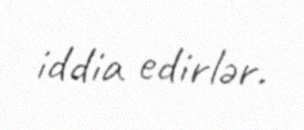
iddia edirlər.